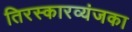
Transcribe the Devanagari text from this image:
तिरस्कारव्यंजका